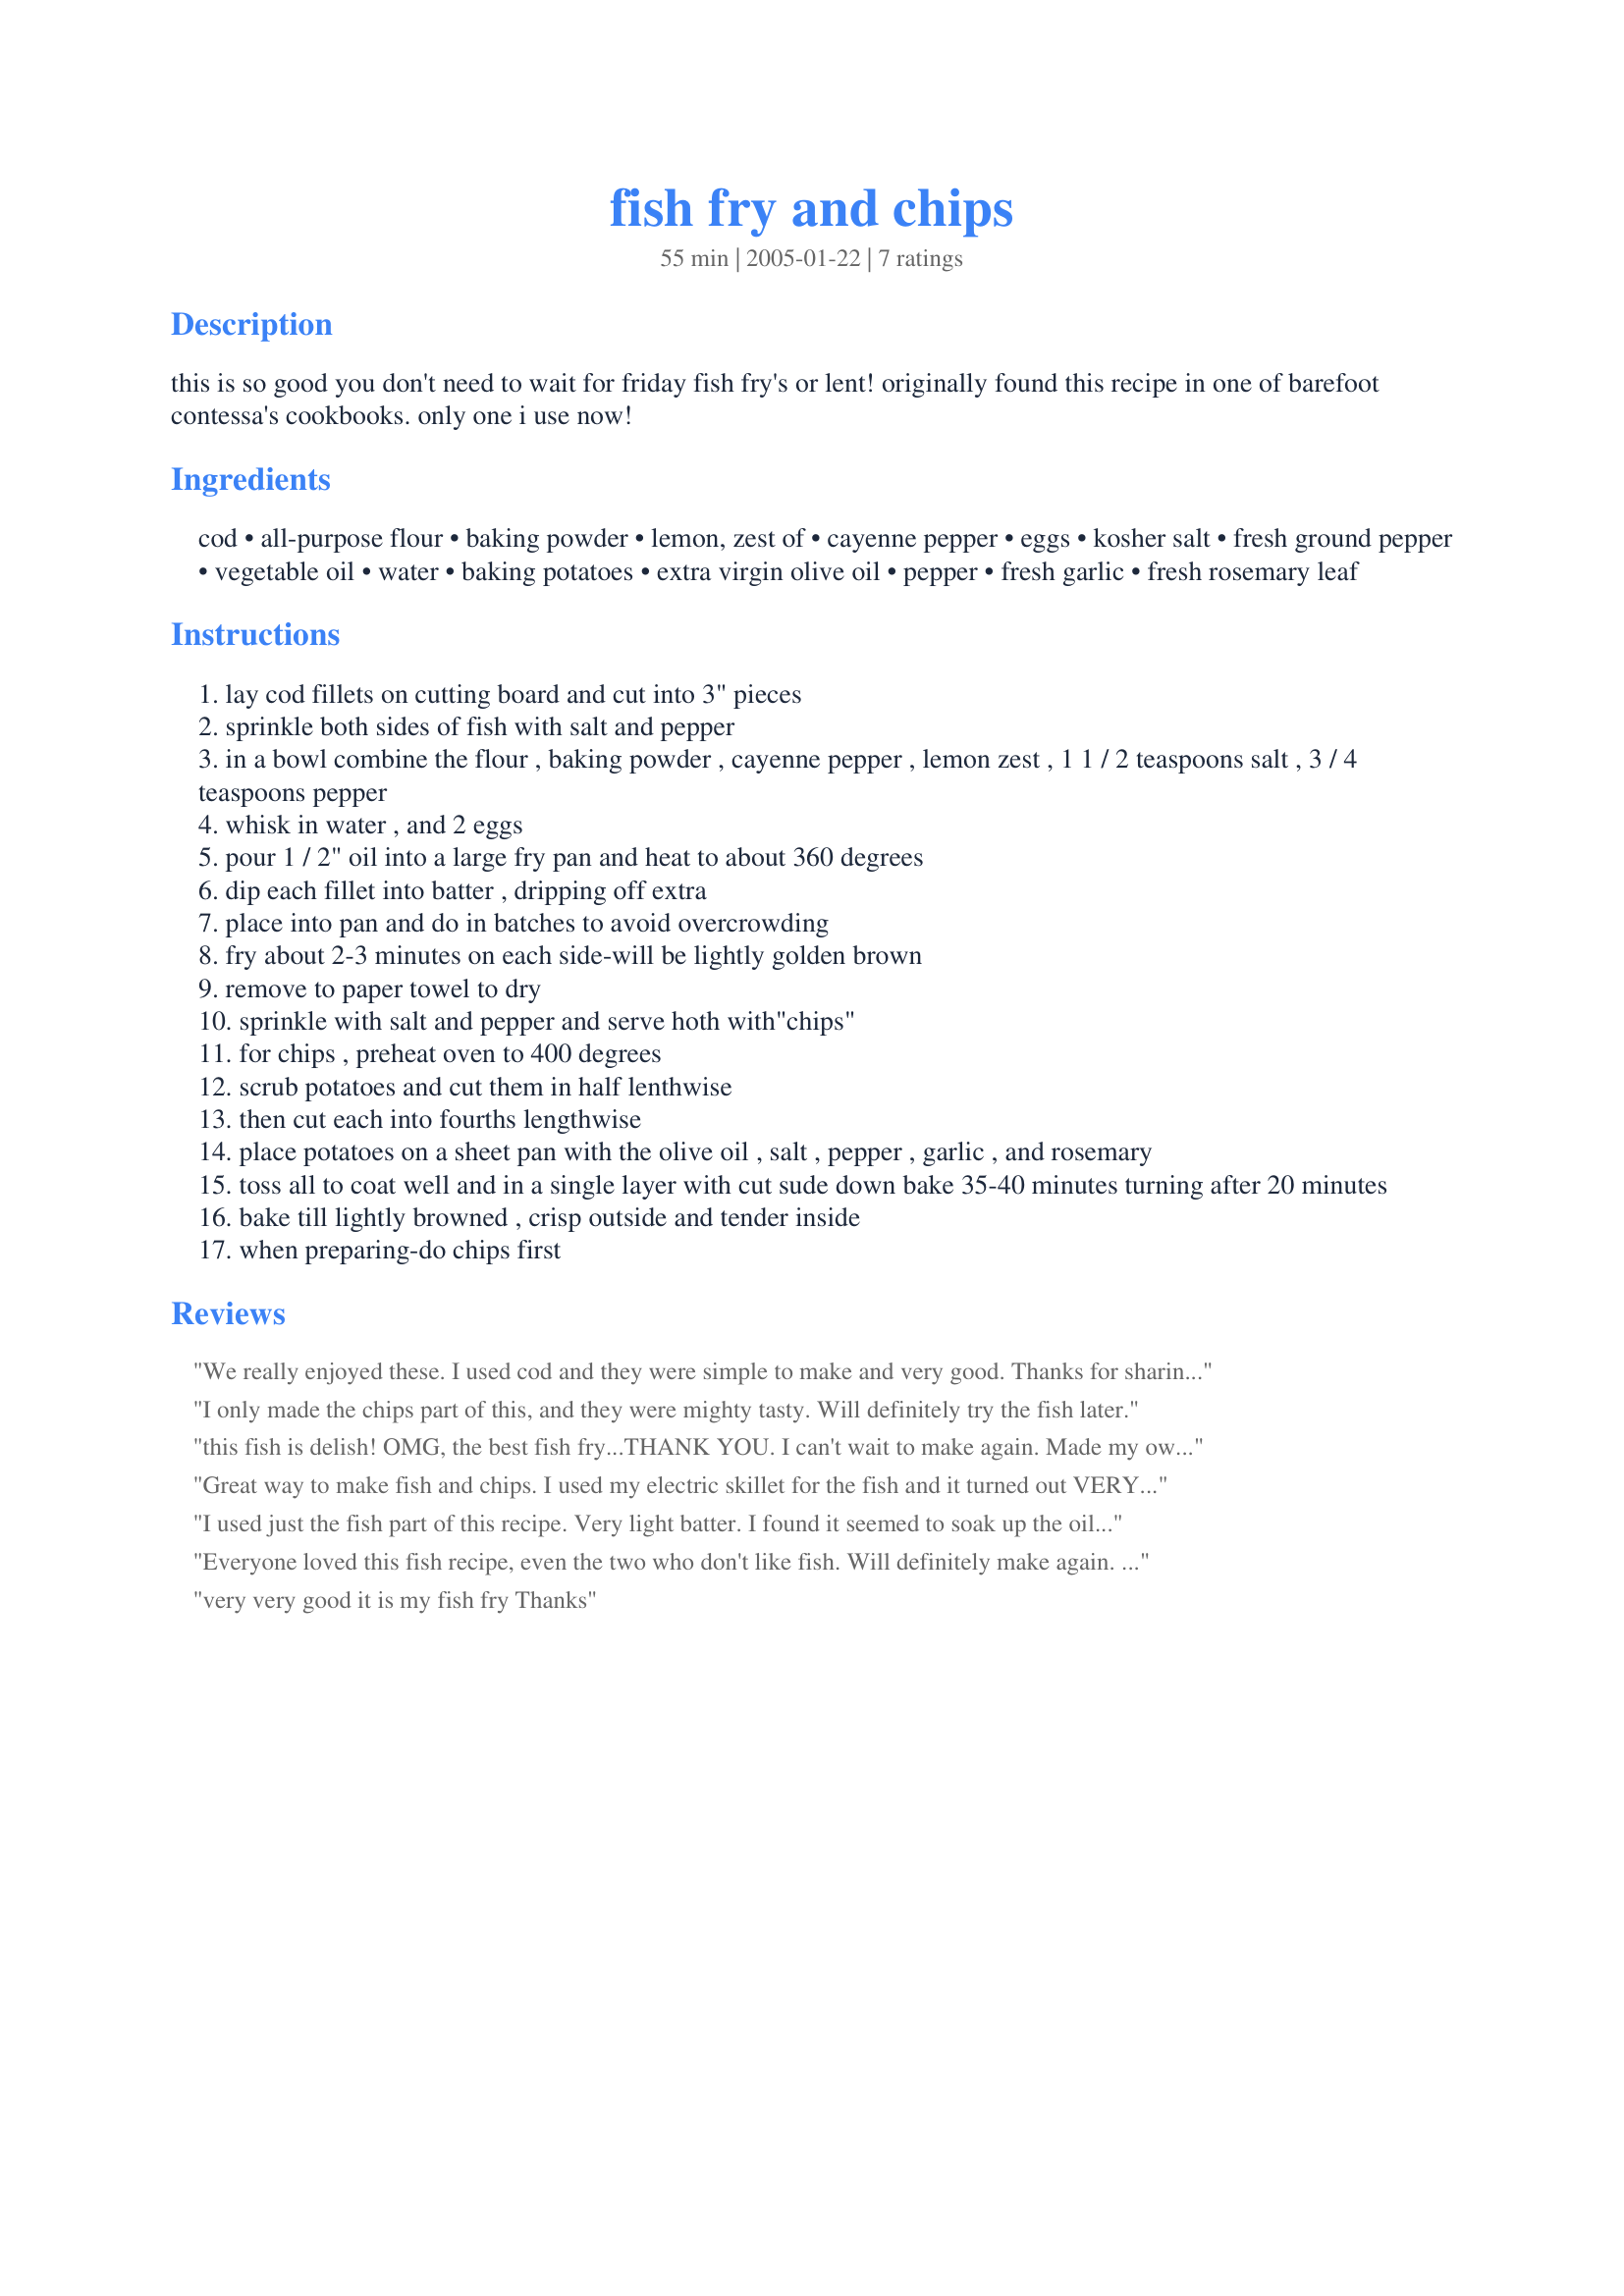
fish fry and chips
Preparation time: 55 minutes

this is so good you don't need to wait for friday fish fry's or lent! originally found this recipe in one of barefoot contessa's cookbooks. only one i use now!

Ingredients:
cod, all-purpose flour, baking powder, lemon, zest of, cayenne pepper, eggs, kosher salt, fresh ground pepper, vegetable oil, water, baking potatoes, extra virgin olive oil, pepper, fresh garlic, fresh rosemary leaf

Steps:
lay cod fillets on cutting board and cut into 3" pieces
sprinkle both sides of fish with salt and pepper
in a bowl combine the flour , baking powder , cayenne pepper , lemon zest , 1 1 / 2 teaspoons salt , 3 / 4 teaspoons pepper
whisk in water , and 2 eggs
pour 1 / 2" oil into a large fry pan and heat to about 360 degrees
dip each fillet into batter , dripping off extra
place into pan and do in batches to avoid overcrowding
fry about 2-3 minutes on each side-will be lightly golden brown
remove to paper towel to dry
sprinkle with salt and pepper and serve hoth with"chips"
for chips , preheat oven to 400 degrees
scrub potatoes and cut them in half lenthwise
then cut each into fourths lengthwise
place potatoes on a sheet pan with the olive oil , salt , pepper , garlic , and rosemary
toss all to coat well and in a single layer with cut sude down bake 35-40 minutes turning after 20 minutes
bake till lightly browned , crisp outside and tender inside
when preparing-do chips first

Reviews:
We really enjoyed these. I used cod and they were simple to make and very good. Thanks for sharing. Made for Zaar Chef Alphabet Soup Tag.
I only made the chips part of this, and they were mighty tasty. Will definitely try the fish later.
this fish is delish! OMG, the best fish fry...THANK YOU. I can't wait to make again. Made my own fries but the fish will be a regular in our house.E X C E L L E N T !
Great way to make fish and chips. I used my electric skillet for the fish and it turned out VERY tender and flaky. We loved the rosemary on the potatoes. Served your scalloped tomatoes for a great meal. Thanks again, Kellyko.

I used just the fish part of this recipe.
Very light batter.
I found it seemed to soak up the oil quite a bit.
But will use it again.
I did this recipe for the Zaar iron chef challenge 2008
Everyone loved this fish recipe, even the two who don't like fish. Will definitely make again. I didn't try the chips.
very very good it is my fish fry Thanks
